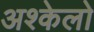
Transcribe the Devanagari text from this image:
अश्केलो